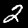
Label: 2